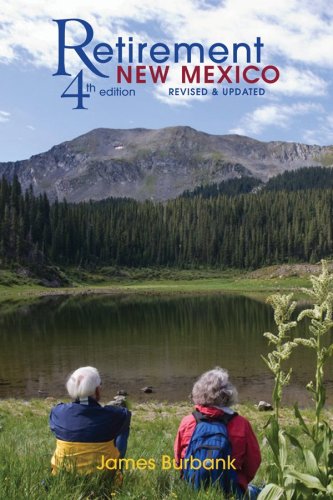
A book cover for Retirement New Mexico; James Burbank; Travel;